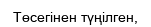
Төсегінен түңілген,